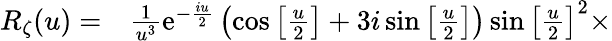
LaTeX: \begin{array}{rl}{{R_{\zeta}}(u)=}&{{}\frac{1}{{{u^{3}}}}{\mathrm{{e}}^{-\frac{{iu}}{2}}}\left({\cos\left[{\frac{u}{2}}\right]+3i\sin\left[{\frac{u}{2}}\right]}\right)\sin{\left[{\frac{u}{2}}\right]^{2}}\times}\end{array}